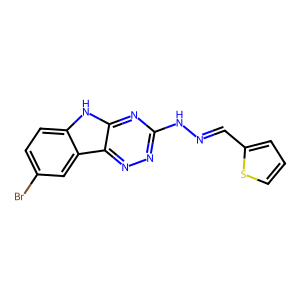
SMILES: Brc1ccc2[nH]c3nc(NN=Cc4cccs4)nnc3c2c1
Inhibits HIV replication: No